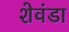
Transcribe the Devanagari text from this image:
शेवंडा